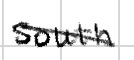
Text: South
Cross-out: diagonal
Writing tool: digital_black